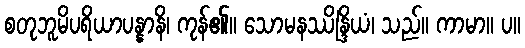
စတုဘူမိပရိယာပန္နာနိ၊ ကုန်၏။ သောမနဿိန္ဒြိယံ၊ သည်။ ကာမာ။ ပ။